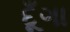
દૂઁગા